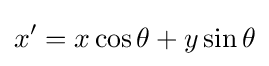
x'=x\cos \theta +y\sin \theta